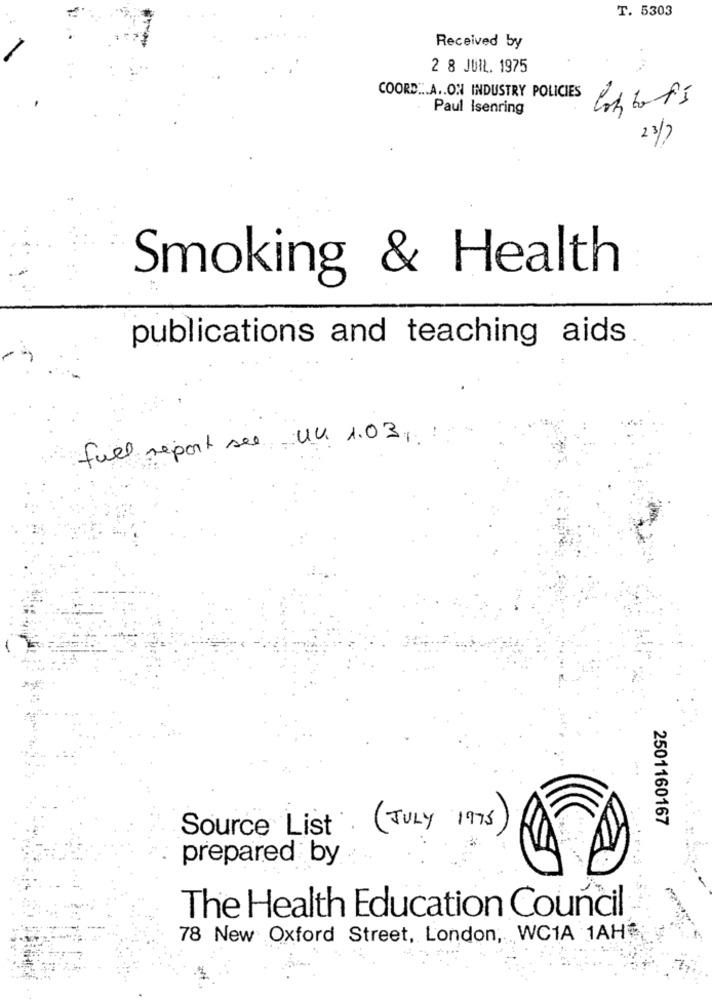
T. 5303
Received by
2 8 JUIL. 1975
COORD ... A .. ON INDUSTRY POLICIES
Paul Isenring
listof's
23/7
Smoking & Health
publications and teaching aids
full report see un 1.03.
2501160167
Source List
( JULY 1975 )
prepared by
The Health Education Council
78 New Oxford Street, London, WC1A 1AH